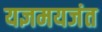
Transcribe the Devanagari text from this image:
यज्ञमयजंत